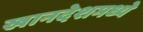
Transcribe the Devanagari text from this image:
खानदेशमध्ये